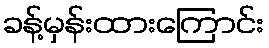
ခန့်မှန်းထားကြောင်း